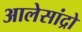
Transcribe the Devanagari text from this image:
आलेसांद्रो